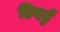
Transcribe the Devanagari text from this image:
हिदर्टु